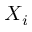
X _ { i }